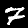
Digit: 7